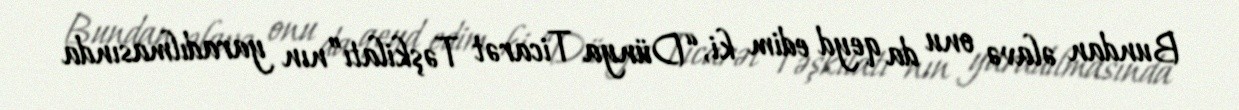
Bundan əlavə onu da qeyd edim ki, “Dünya Ticarət Təşkilatı”nın yaradılmasında